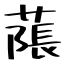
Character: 𦹥